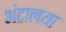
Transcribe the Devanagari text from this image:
अंटालया